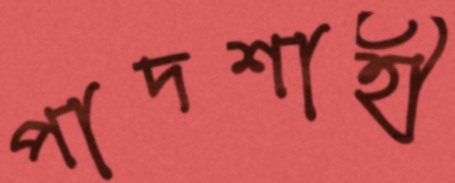
পাদশাহী